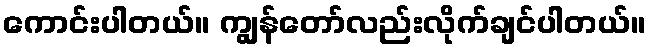
ကောင်းပါတယ်။ ကျွန်တော်လည်းလိုက်ချင်ပါတယ်။